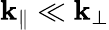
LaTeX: \mathbf{k}_{\parallel}\ll\mathbf{k}_{\perp}